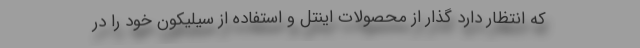
که انتظار دارد گذار از محصولات اینتل و استفاده از سیلیکون خود را در